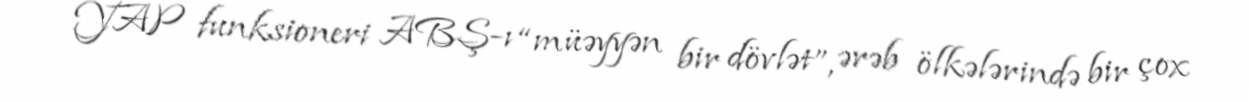
YAP funksioneri ABŞ-ı “müəyyən bir dövlət”, ərəb ölkələrində bir çox